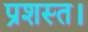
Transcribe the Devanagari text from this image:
प्रशस्त।